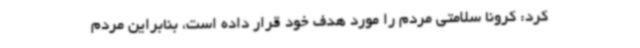
کرد: کرونا سلامتی مردم را مورد هدف خود قرار داده است، بنابراین مردم